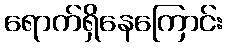
ရောက်ရှိနေကြောင်း